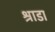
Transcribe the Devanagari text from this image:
श्राडा